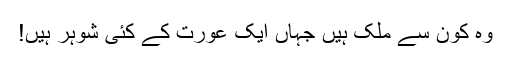
وہ کون سے ملک ہیں جہاں ایک عورت کے کئی شوہر ہیں!